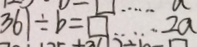
3 6 1 \div b = \square \cdots 2 a